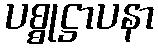
ပစ္စုဋ္ဌာပနာ